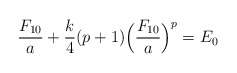
\begin{align*}\frac{F_{10}}{a}+\frac{k}{4}(p+1)\Bigl(\frac{F_{10}}{a}\Bigr)^p=E_0\end{align*}